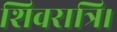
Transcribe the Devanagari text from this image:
शिवरात्रि।